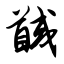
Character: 馘